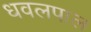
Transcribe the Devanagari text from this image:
धवलपाल